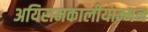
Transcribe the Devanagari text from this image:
अयिरामकालीयाम्मन